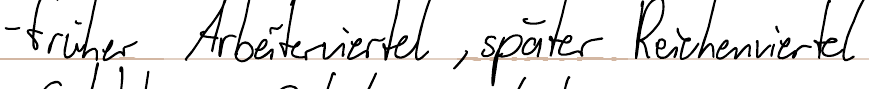
- früher Arbeiterviertel, später Reichenviertel